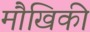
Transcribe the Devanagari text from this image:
मौखिकी